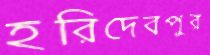
হরিদেবপুর